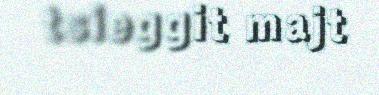
tsieggit majt